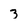
Character: 3